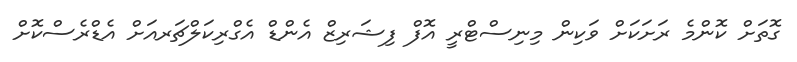
ގޮތަށް ކޮންމެ ރަށަކަށް ވަކިން މިނިސްޓްރީ އޮފް ފިޝަރިޒް އެންޑް އެގްރިކަލްޗަރއަށް އެޑްރެސްކޮށް